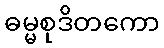
ဓမ္မစုဒိတကော